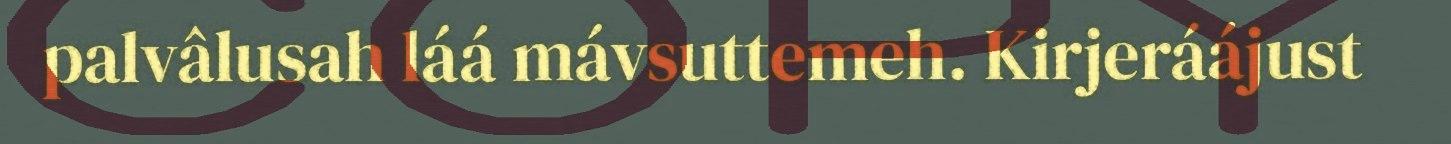
palvâlusah láá mávsuttemeh. Kirjeráájust